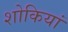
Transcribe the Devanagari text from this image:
शोकियां